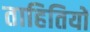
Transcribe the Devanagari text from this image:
ताहितियों